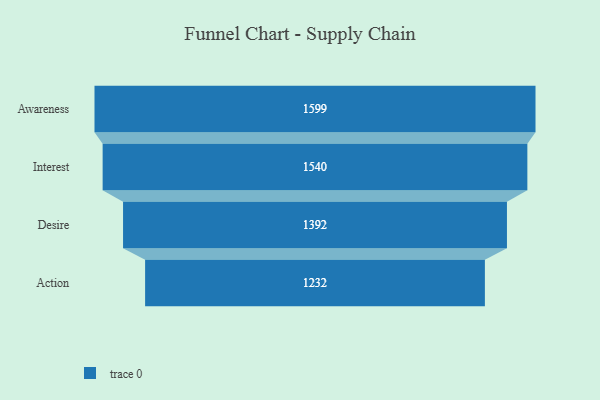
{"axis": {"x": "Stage", "y": "Value"}, "legend": [""], "data": [{"x": "Awareness", "y": 1599.0, "type": ""}, {"x": "Interest", "y": 1540.0, "type": ""}, {"x": "Desire", "y": 1392.0, "type": ""}, {"x": "Action", "y": 1232.0, "type": ""}]}